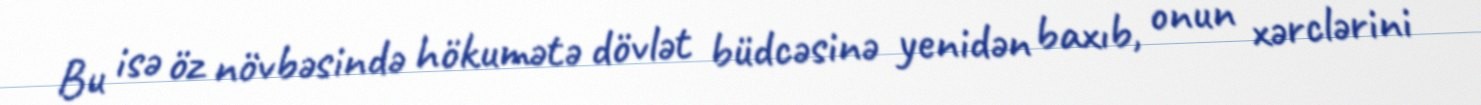
Bu isə öz növbəsində hökumətə dövlət büdcəsinə yenidən baxıb, onun xərclərini